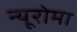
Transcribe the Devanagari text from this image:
न्यूरोमा